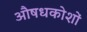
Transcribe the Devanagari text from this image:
औषधकोशों